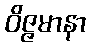
ဝိဇ္ဇမာနာ